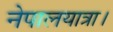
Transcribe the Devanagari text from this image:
नेपालयात्रा।